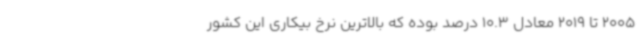
2005 تا 2019 معادل 10.3 درصد بوده که بالاترین نرخ بیکاری این کشور